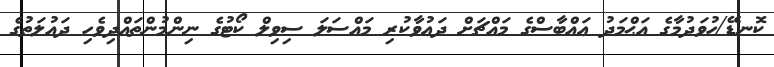
ކޮނޑޭ/ހުވަދުމާގެ އަޙްމަދު ޢައްބާސްގެ މައްޗަށް ދަޢުވާކުރި މައްސަލަ ސިވިލް ކޯޓުގެ ނިންމުންތައްދިވެހި ދައުލަތުގެ